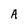
Character: A